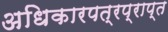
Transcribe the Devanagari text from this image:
अधिकारपत्रप्राप्त